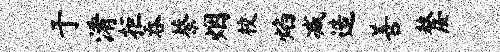
于淆拒吞蔡烟校焰减造善嫠